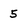
Character: 5